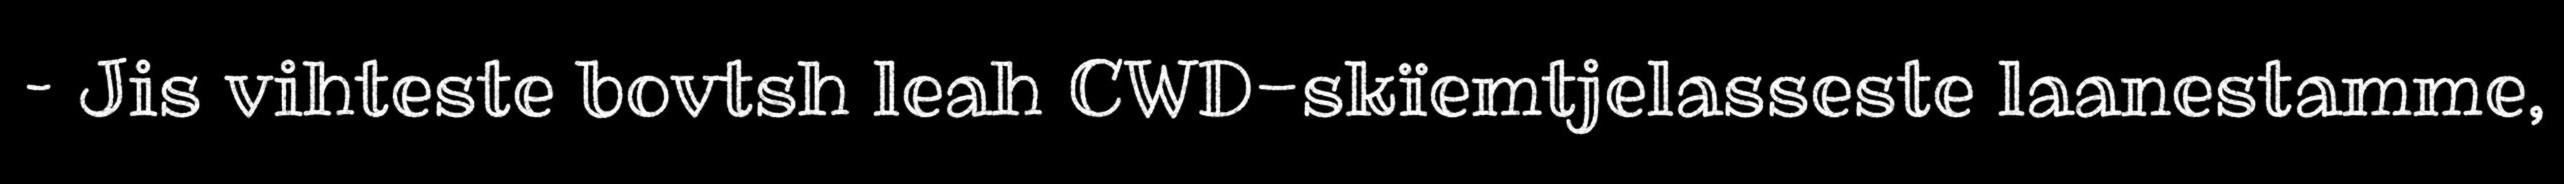
– Jis vihteste bovtsh leah CWD-skïemtjelasseste laanestamme,